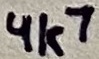
Text: 4k7